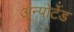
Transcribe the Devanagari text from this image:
अन्पोर्टेड